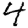
Digit: 4